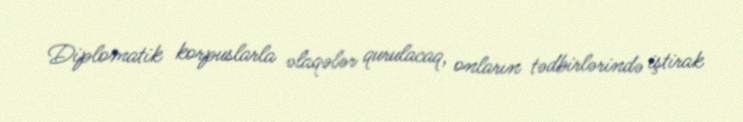
Diplomatik korpuslarla əlaqələr qurulacaq, onların tədbirlərində iştirak